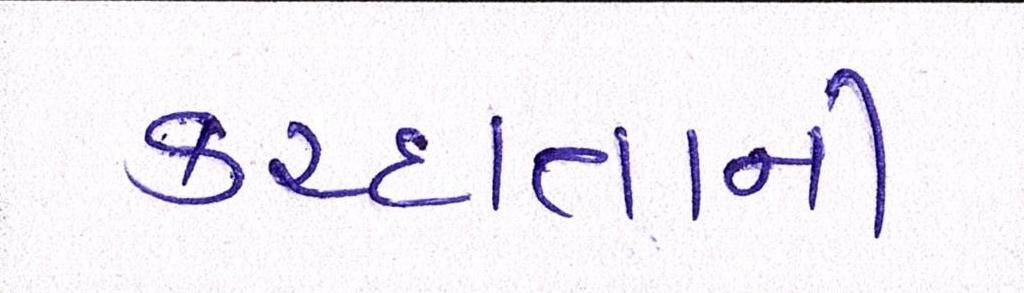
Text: કરદાતાની